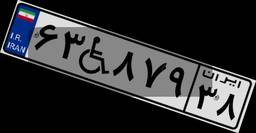
۶۳W۸۷۹۳۸